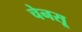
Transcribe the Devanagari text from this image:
चेनसू